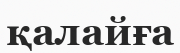
қалайға